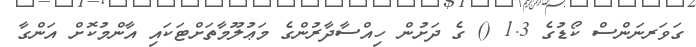
ގަވަރނަންސް ކޯޑުގެ 1.3 () ގެ ދަށުން ހިއްސާދާރުންގެ މަޢުލޫމާތަށްޓަކައި އާންމުކޮށް އަންގާ